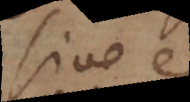
sive est